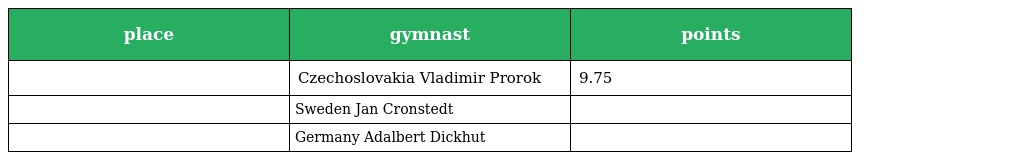
| place | gymnast | points |
 | --- | --- | --- |
 |  | Czechoslovakia Vladimir Prorok | 9.75 |
 |  | Sweden Jan Cronstedt |  |
 |  | Germany Adalbert Dickhut |  |